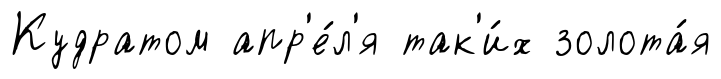
Кудратом апр'е́л'я так'и́х золота́я